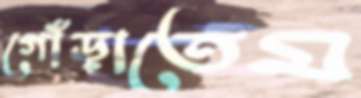
গোঁড়াতেম